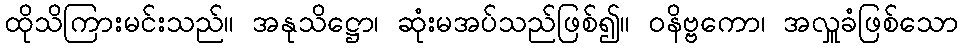
ထိုသိကြားမင်းသည်။ အနုသိဋ္ဌော၊ ဆုံးမအပ်သည်ဖြစ်၍။ ဝနိဗ္ဗကော၊ အလှူခံဖြစ်သော